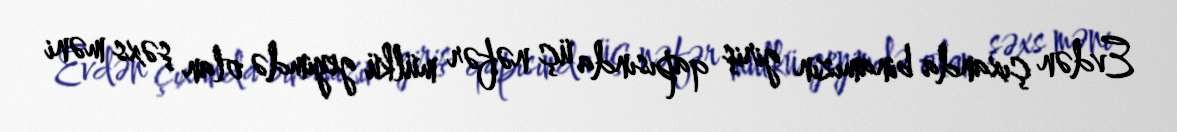
Evdən çıxanda binamızın giriş qapısında üç nəfər mülkü geyimdə olan şəxs məni